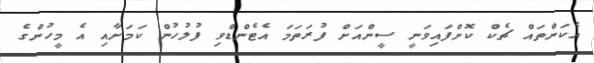
އެކަންތައް ޗެކް ކޮށްފައިވަނީ ސީންއަށް ފުރަތަމަ އެޓެންޑްވި ފުލުހުން ކަމަށާއި އެ މީހުންގެ